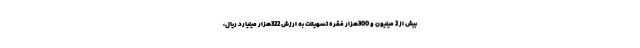
بیش از 2 میلیون و 300هزار فقره تسهیلات به ارزش 322هزار میلیارد ریال،